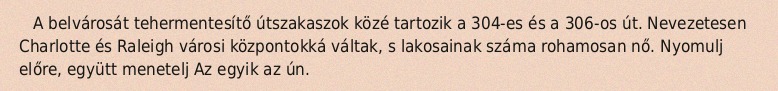
A belvárosát tehermentesítő útszakaszok közé tartozik a 304-es és a 306-os út. Nevezetesen Charlotte és Raleigh városi központokká váltak, s lakosainak száma rohamosan nő. Nyomulj előre, együtt menetelj Az egyik az ún.